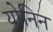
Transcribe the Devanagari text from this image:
योनिन